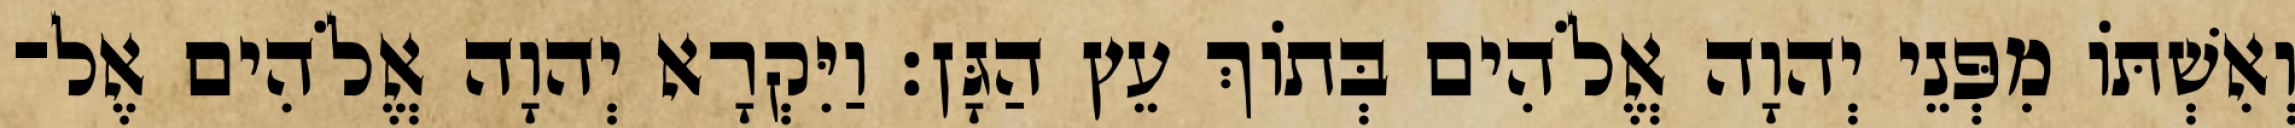
וְאִשְׁתֹּו מִפְּנֵי יְהוָה אֱלֹהִים בְּתֹוךְ עֵץ הַגָּן׃ וַיִּקְרָא יְהוָה אֱלֹהִים אֶל־